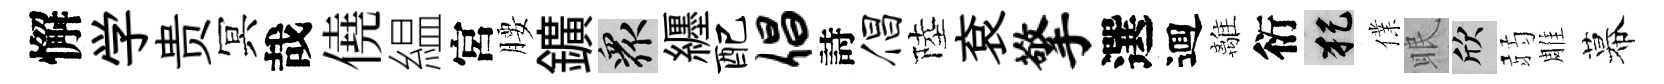
懈学贵冥哉僥緼宮腰鑛衆纒配倡詩倡陸袞擎選逥離衍犯㒒眠欣弱雕幕